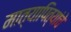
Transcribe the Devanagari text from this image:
मात्यापित्यांचे